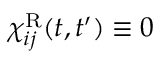
\chi _ { i j } ^ { \mathrm { R } } ( t , t ^ { \prime } ) \equiv 0